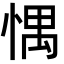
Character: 㥥